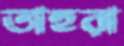
তাহুরা